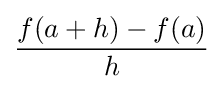
{\frac {f(a+h)-f(a)}{h}}